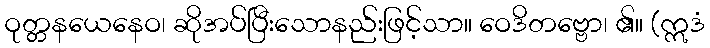
ဝုတ္တနယေနေဝ၊ ဆိုအပ်ပြီးသောနည်းဖြင့်သာ။ ဝေဒိတဗ္ဗော၊ ၏။ (ဣဒံ